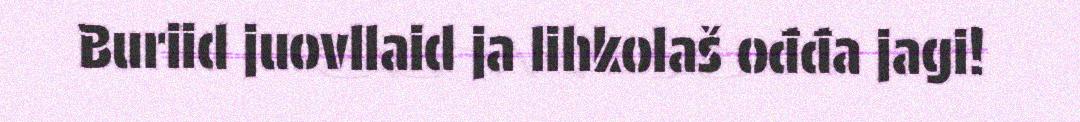
Buriid juovllaid ja lihkolaš ođđa jagi!